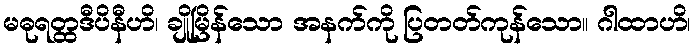
မဓုရတ္ထဒီပိနီဟိ၊ ချိုမြိန်သော အနက်ကို ပြတတ်ကုန်သော။ ဂါထာဟိ၊